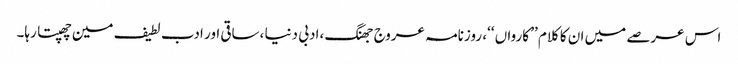
اس عرصے میں ان کا کلام ’’ کارواں ‘‘، روزنامہ عروج جھنگ ،ادبی دنیا ،ساقی اور ادب لطیف مین چھپتا رہا۔